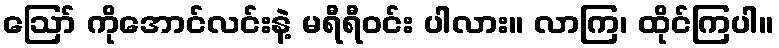
ဪ ကိုအောင်လင်းနဲ့ မရီရီဝင်း ပါလား။ လာကြ၊ ထိုင်ကြပါ။